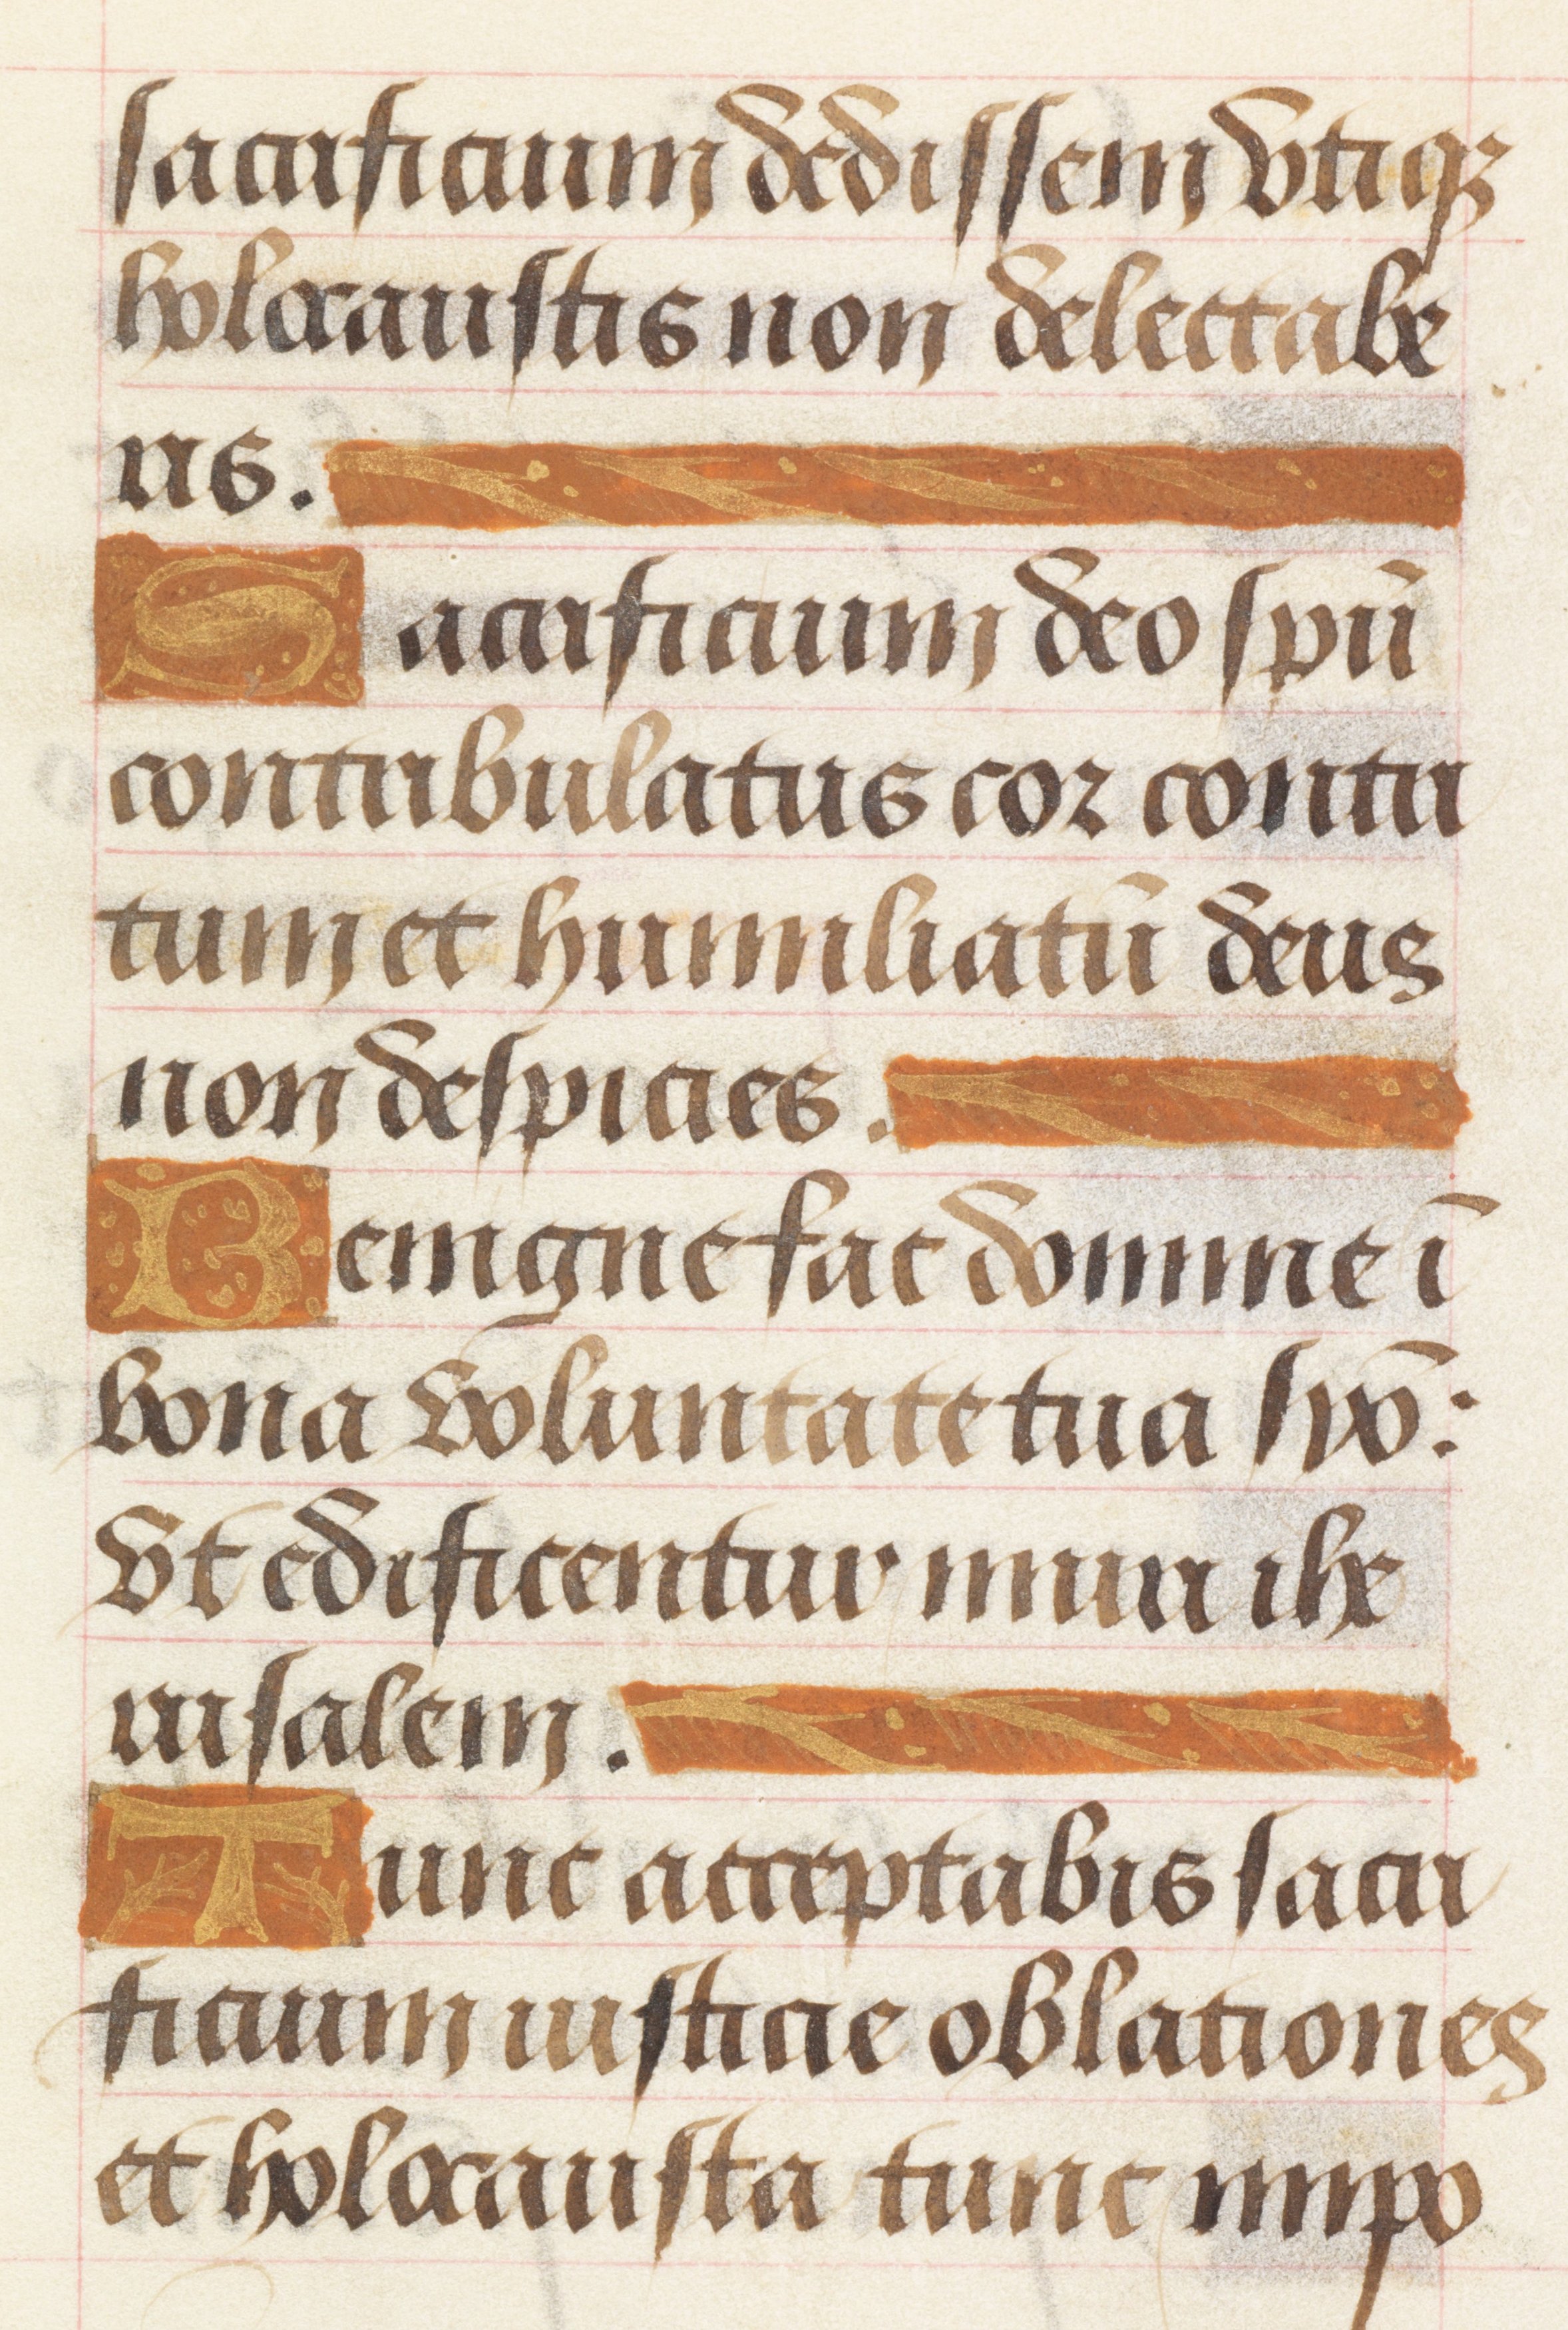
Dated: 1450–1499